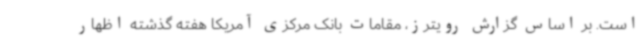
است. بر اساس گزارش رویترز، مقامات بانک مرکزی آمریکا هفته گذشته اظهار